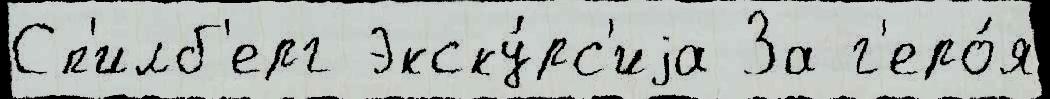
Сп'илб'ерг Экску́рс'иjа За г'еро́я